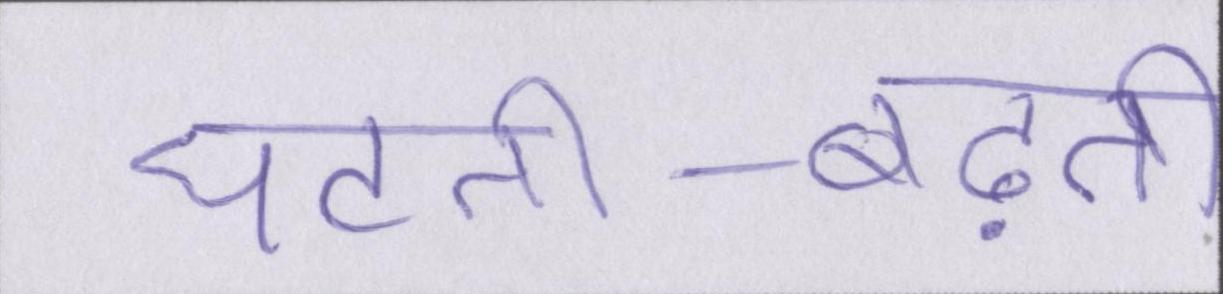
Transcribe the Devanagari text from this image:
घटती-बढ़ती